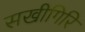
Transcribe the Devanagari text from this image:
सखीगिरि